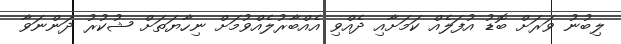
ލިބުނު ވަރަށް ބޮޑު އުފަލެއް ކަމަށާއި ދެއްވި އެއްބާރުލެއްވުމަށް ނިހާޔަތަށް ޝުކުރު ދަންނަވާ